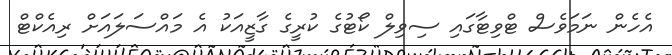
އެހެން ނަމަވެސް ޓްވިޓާގައި ސިވިލް ކޯޓުގެ ކުރީގެ ގާޒީއަކު އެ މައްސަލައަށް ރިއެކްޓް